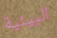
البيئية